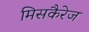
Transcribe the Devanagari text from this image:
मिसकैरेज